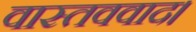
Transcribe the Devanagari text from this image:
वास्तववाद।